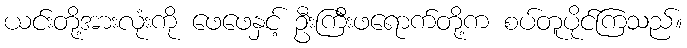
ယင်းတို့အားလုံးကို ဖေဖေနှင့် ဦးကြီးဖရောက်တို့က စပ်တူပိုင်ကြသည်။